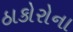
ઠાકોરોના